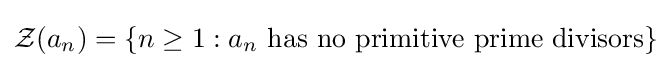
{\mathcal {Z}}(a_{n})=\{n\geq 1:a_{n}{\text{ has no primitive prime divisors}}\}